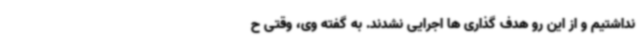
نداشتیم و از این رو هدف گذاری ها اجرایی نشدند. به گفته وی، وقتی ح